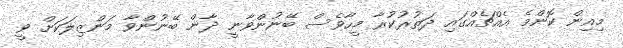
މިއިން ކޮންމެ އެއްޗެއްގައި ދަތުރުކުރާ މީހާވެސް ބޭނުންވާނީ ދާން ބޭނުންވާ މަންޒިލަކަށް ވީ